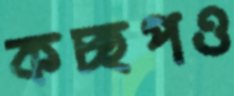
কচ্ছপও